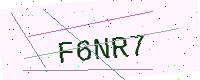
Text: F6NR7